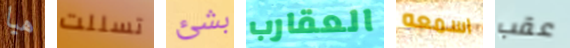
هيا تسللت بشئ العقارب اسمعه عقب